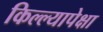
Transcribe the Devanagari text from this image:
किल्ल्यापेक्षा